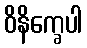
ဝိနိက္ခေပါ